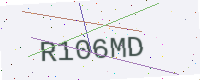
Text: R106MD